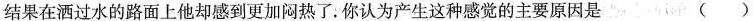
结果在洒过水的路面上他却感到更加闷热了。你认为产生这种感觉的主要原因是（）